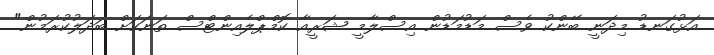
އަޅުގަނޑު މިދަނީ ބޭންކު ވެސް މަޑުމަޑުން އިސްލާމީ ޝަރީއާ ކޮމްޕްލެއިންޓްސް ތަނަކަށް ބަދަލުކުރަމުން"